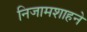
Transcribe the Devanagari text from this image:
निजामशाहने